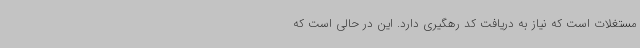
مستغلات است که نیاز به دریافت کد رهگیری دارد. این در حالی است که